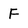
Character: F